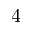
4